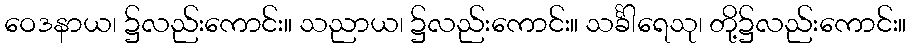
ဝေဒနာယ၊ ၌လည်းကောင်း။ သညာယ၊ ၌လည်းကောင်း။ သင်္ခါရေသု၊ တို့၌လည်းကောင်း။